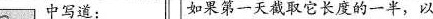
《 中写道： 如果第一天截取它长度的一半，以